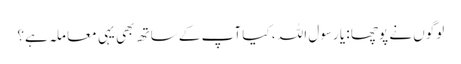
لوگوں نے پوچھا : یا رسول اللہ ، کیا آپ کے ساتھ بھی یہی معا ملہ ہے؟